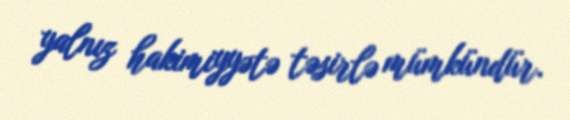
yalnız hakimiyyətə təsirlə mümkündür.